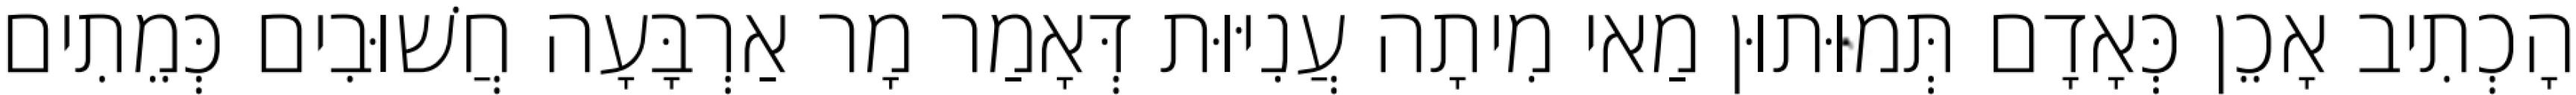
הָכְתִיב אָכֵן כְּאָדָם תְּמוּתוּן מַאי מִיתָה עֲנִיּוּת דְּאָמַר מָר אַרְבָּעָה חֲשׁוּבִים כְּמֵתִים